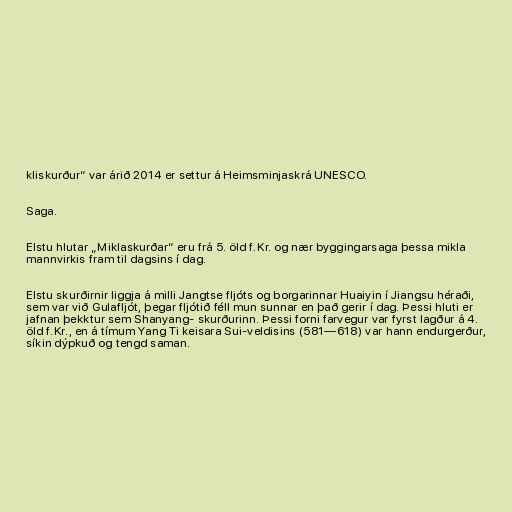
kliskurður“ var árið 2014 er settur á Heimsminjaskrá UNESCO.

Saga.

Elstu hlutar „Miklaskurðar“ eru frá 5. öld f.Kr. og nær byggingarsaga þessa mikla
mannvirkis fram til dagsins í dag.

Elstu skurðirnir liggja á milli Jangtse fljóts og borgarinnar Huaiyin í Jiangsu héraði,
sem var við Gulafljót, þegar fljótið féll mun sunnar en það gerir í dag. Þessi hluti er
jafnan þekktur sem Shanyang- skurðurinn. Þessi forni farvegur var fyrst lagður á 4.
öld f.Kr., en á tímum Yang Ti keisara Sui-veldisins (581—618) var hann endurgerður,
síkin dýpkuð og tengd saman.